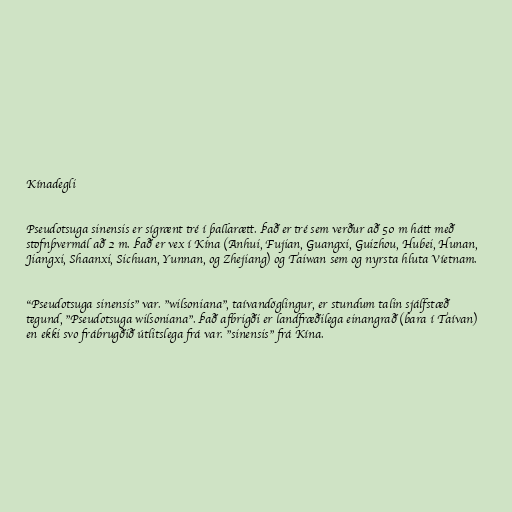
Kínadegli

Pseudotsuga sinensis er sígrænt tré í þallarætt. Það er tré sem verður að 50 m hátt með
stofnþvermál að 2 m. Það er vex í Kína (Anhui, Fujian, Guangxi, Guizhou, Hubei, Hunan,
Jiangxi, Shaanxi, Sichuan, Yunnan, og Zhejiang) og Taiwan sem og nyrsta hluta Víetnam.

"Pseudotsuga sinensis" var. "wilsoniana", taívandöglingur, er stundum talin sjálfstæð
tegund, "Pseudotsuga wilsoniana". Það afbrigði er landfræðilega einangrað (bara í Taívan)
en ekki svo frábrugðið útlitslega frá var. "sinensis" frá Kína.